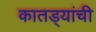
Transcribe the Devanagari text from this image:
कातड्यांची